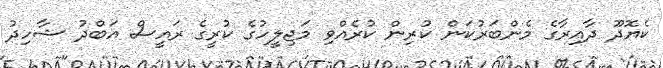
ކެޔޮދޫ ދާއިރާގެ މެންބަރުކަން ކުރިން ކުރެއްވި މަޖިލީހުގެ ކުރީގެ ރައީސް އަބްދު ޝާހިދު